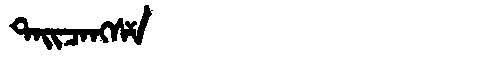
Manchu: ᡨᠠᡳᠴᠠᠩᠰᠶ
Romanization: TAICANGSY